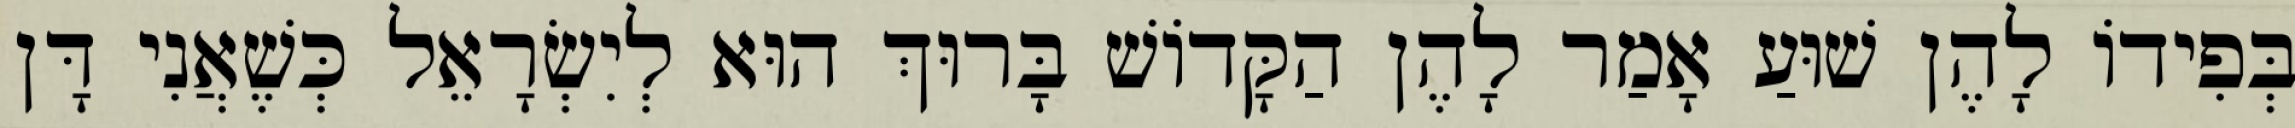
בְּפִידוֹ לָהֶן שׁוּעַ אָמַר לָהֶן הַקָּדוֹשׁ בָּרוּךְ הוּא לְיִשְׂרָאֵל כְּשֶׁאֲנִי דָּן